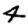
Digit: 4